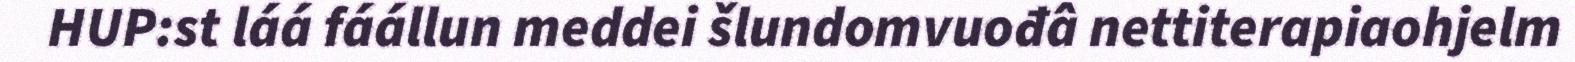
HUP:st láá fáállun meddei šlundomvuođâ nettiterapiaohjelm